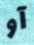
آو